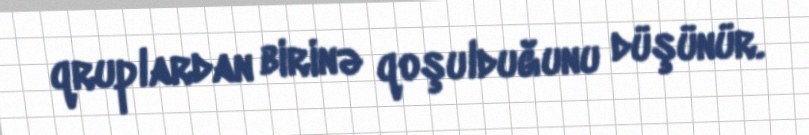
qruplardan birinə qoşulduğunu düşünür.